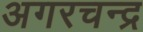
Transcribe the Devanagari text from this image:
अगरचन्द्र